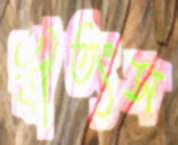
বীতংস